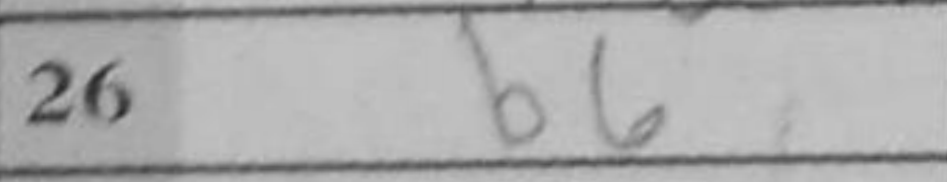
Transcription: b6